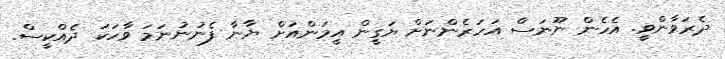
ދެރަވާންވީ. އެހެން ނޫނަސް އަހަރެންނަށް ޔަގީން އީމަންއަށް ޔާނާ ފެނުނުނަަމަ ވާހަކަ ދެއްކީސް.